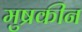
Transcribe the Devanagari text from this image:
मुष्रकीन